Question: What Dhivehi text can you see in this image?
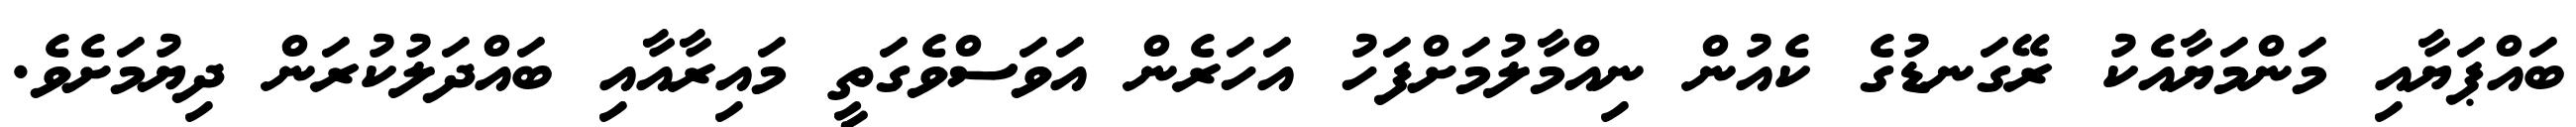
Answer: ބައްޕަޔާއި މަންމަޔާއެކު ރޭގަނޑުގެ ކެއުން ނިއްމާލުމަށްފަހު އަހަރެން އަވަސްވެގަތީ މައިރާއާއި ބައްދަލުކުރަން ދިޔުމަށެވެ.